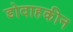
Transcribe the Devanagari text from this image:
डोवाहकीन